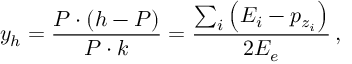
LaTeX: y _ { h } = \frac { P \cdot ( h - P ) } { P \cdot k } = \frac { \sum _ { i } \left( E _ { i } - p _ { z _ { i } } \right) } { 2 E _ { e } } \, ,